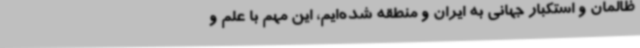
ظالمان و استکبار جهانی به ایران و منطقه شده‌ایم، این مهم با علم و